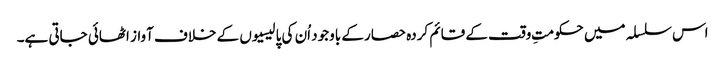
اس سلسلہ میں حکومتِ وقت کے قائم کردہ حصار کے باوجود اُن کی پالیسیوں کے خلاف آواز اٹھائی جاتی ہے۔